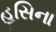
હસિના